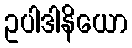
ဥပါဒါနိယော